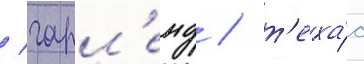
/ гарл'енд / т'еха́с